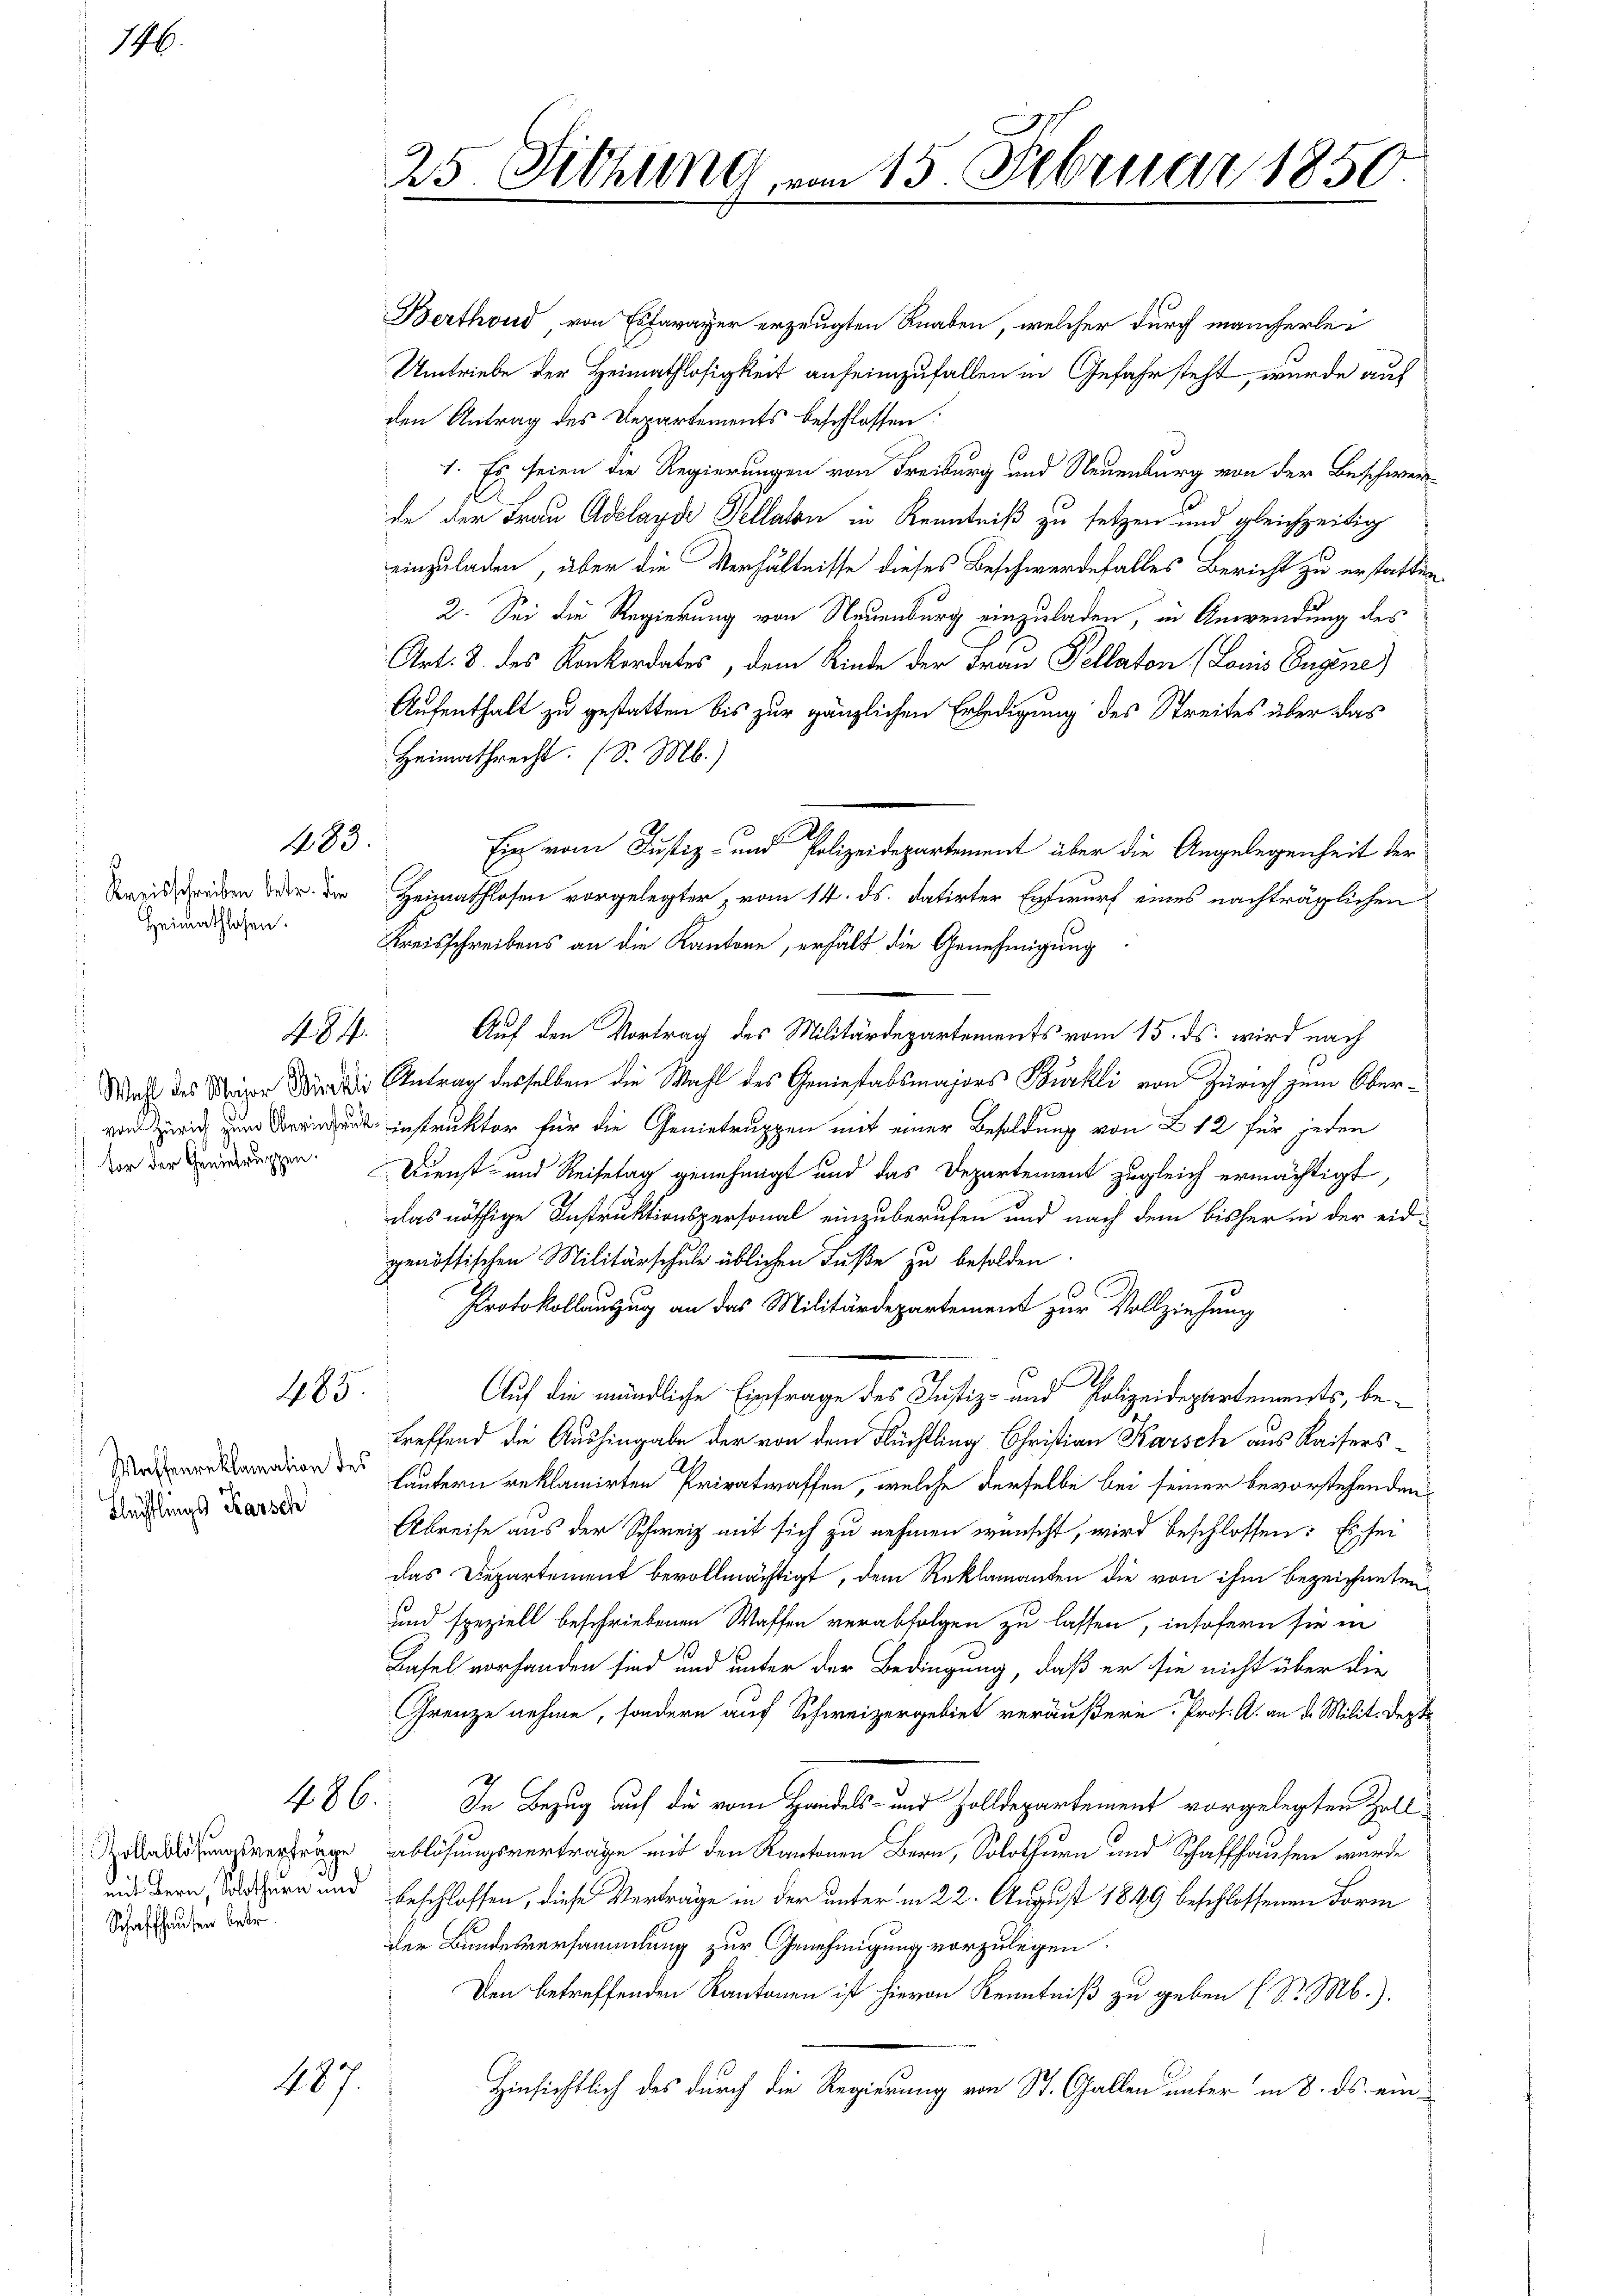
176.

Kazisschreiben betr. die
Heimathlosen.

Wahl des Major Winkl
von Zürich zum Oberinten
Vor der Genietruppen.

Wassenreklamation des
Flüchtlings Karsch

483.

.

485

486.

Kollablösungsverträge
Schaffhausen betr.

407.

25. Sitzung.

15 Februar 1850

Berthoud von Estavayer erzeugten Knaben, welcher durch mancherlei
Umtriebe der Heimathlosigkeit aufeinzufallen in Gefahrsteht, wurde auf
den Antrag des Departements beschlossen:
1. Es seien die Regierungen von Freiburg und Neuenburg von der Beschwer
de der Frau Adelayde Sellaten in Kenntniß zu setzen und gleichzeitig
einzuladen, über die Verhältnisse dieses Beschwerdefalles Bericht zu erstatte¬
2. Sei die Regierung von Neuenburg einzuladen, in Anwendung des
Art. 8. des Konkordates, dem Rinde der Frau Pellaton (Louis Eugene)
Aufenthalt zu gestatten bis zur gänzlichen Erledigung des Streites über das
Heimathrecht. (S. M.)
1
Ein vom Justiz- und Polizeidepartement über die Angelegenheit der
Heimathlosen vorgelegter vom 14. ds. datirter Entwurf eines nachträglichen
Kreisschreibens an die Kantone, erhält die Genehmigung
Auf den Vortrag des Militärdepartements vom 15. ds. wird nach
Antrag desselben die Wahl des Geniestabsmajors Burkli von Zürich zum Oberinstruktor für die Genietruppen mit einer Besoldung von 12 für jeden
Dienst- und Reisetag genehmigt und das Departement zugleich ermächtigt,
das nöthige Instruktionspersonal einzuberufen und nach dem bisher in der eidgenössischen Militärschule üblichen Fuße zu besolden
Protokollanzug an das Militärdepartement zur Vollziehung
Auf die mündliche Einfrage des Justiz- und Polizeidepartements, betreffend die Aushingabe der von dem Flüchtling Christian Karsch aus Kaisersläutern reklamirten Privatwaffen, welche derselbe bei seiner bevorstehenden
Abreise aus der Schweiz mit sich zu nehmen wünscht, wird beschlossen: Es sei
das Departement bevollmächtigt, dem Reklamanten die von ihm bezeichneten
und speziell beschriebenen Waffen verabfolgen zu lassen, insofern sie in
Basel vorhanden sind und unter der Bedingung, daß er sie nicht über die
Grenze nehme, sondern auf Schweizergebiet veräußern. Prof. A. an d. Milit. deste
In Bezug auf die vom Handels- und Zolldepartement vorgelegten Zoll
ablösungsvertrage mit den Kantonen Bern, Solothurn und Schaffhausen wurde
und Bern, odern und beschlossen, diese Verträge in der unter in 22. August 1849 beschlossenen Form
der Bundesversammlung zur Genehmigung vorzulegen.
Den betreffenden Kantonen ist hievon Kenntniß zu geben (S. Mb.).
Hinsichtlich des durch die Regierung von St. Gallen unter in 8. ds. ein¬